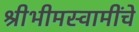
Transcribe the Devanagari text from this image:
श्रीभीमस्वामींचे